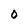
Character: 0